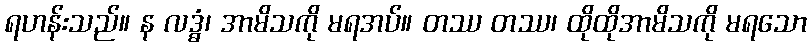
ရဟန်းသည်။ န လဒ္ဓံ၊ အာမိသကို မရအပ်။ တဿ တဿ၊ ထိုထိုအာမိသကို မရသော